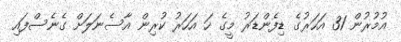
އުމުރުން 31 އަހަރުގެ ޑިފެންޑަރު މީގެ ހަ އަހަރު ކުރިން އާސެނަލަށް ގެނެސްފައި